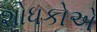
શોધકોએ